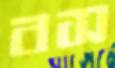
বস